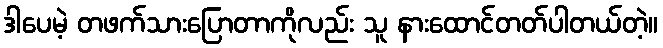
ဒါပေမဲ့ တဖက်သားပြောတာကိုလည်း သူ နားထောင်တတ်ပါတယ်တဲ့။